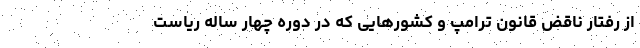
از رفتار ناقض قانون ترامپ و کشور‌هایی که در دوره چهار ساله ریاست